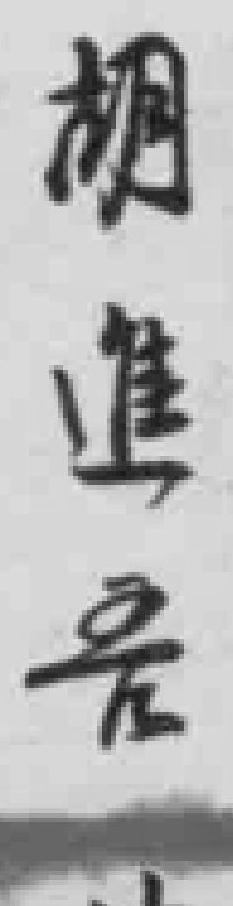
胡進吾